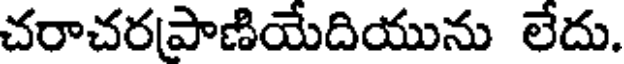
చరాచరపాణియేదియును లేదు.